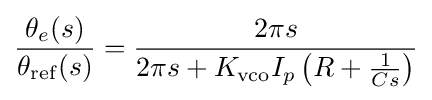
{\frac {\theta _{e}(s)}{\theta _{\rm {ref}}(s)}}={\frac {2\pi s}{2\pi s+K_{\rm {vco}}I_{p}\left(R+{\frac {1}{Cs}}\right)}}